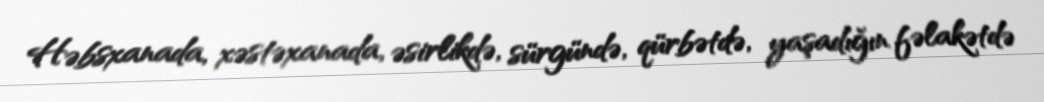
Həbsxanada, xəstəxanada, əsirlikdə, sürgündə, qürbətdə, yaşadığın fəlakətdə